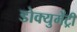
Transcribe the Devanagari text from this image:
डोक्युमेंट्री